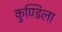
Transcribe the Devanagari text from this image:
कुण्डिला